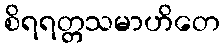
စိရရတ္တသမာဟိတေ